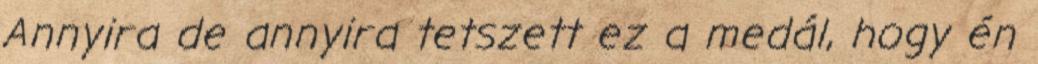
Annyira de annyira tetszett ez a medál, hogy én